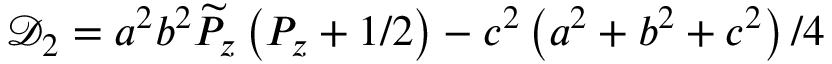
\mathcal { D } _ { 2 } = a ^ { 2 } b ^ { 2 } \widetilde { P } _ { z } \left( P _ { z } + 1 / 2 \right) - c ^ { 2 } \left( a ^ { 2 } + b ^ { 2 } + c ^ { 2 } \right) / 4